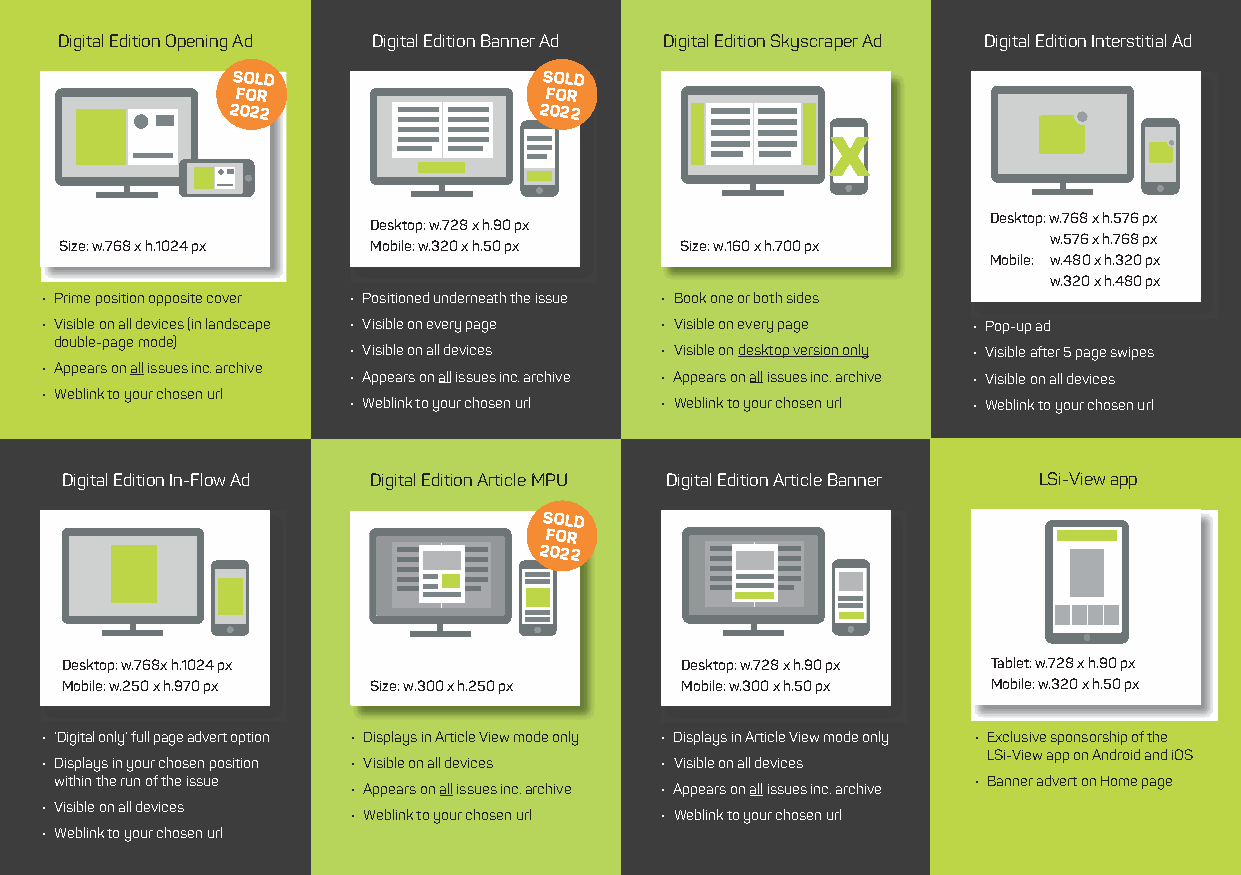
Digital Edition Opening Ad Digital Edition Banner Ad Digital Edition Skyscraper Ad Digital Edition Interstitial Ad
 SOLD                 SOLD
 FOR                 FOR
 2022                 2022
 Desktop: w.768 x h.576 px
 Desktop: w.728 x h.90 px
 w.576 x h.768 px
 Size: w.768 x h.1024 px Mobile: w.320 x h.50 px Size: w.160 x h.700 px
 Mobile: w.480 x h.320 px
 w.320 x h.480 px
 • Prime position opposite cover • Positioned underneath the issue • Book one or both sides
 • Visible on all devices (in landscape • Visible on every page • Visible on every page • Pop-up ad
 double-page mode)
 • Visible on all devices • Visible on desktop version only • Visible after 5 page swipes
 • Appears on all issues inc. archive
 • Appears on all issues inc. archive • Appears on all issues inc. archive • Visible on all devices
 • Weblink to your chosen url
 • Weblink to your chosen url • Weblink to your chosen url • Weblink to your chosen url
 Digital Edition In-Flow Ad Digital Edition Article MPU Digital Edition Article Banner LSi-View app
 SOLD
 FOR
 2022
 Desktop: w.768x h.1024 px                Desktop: w.728 x h.90 px Tablet: w.728 x h.90 px
 Mobile: w.250 x h.970 px Size: w.300 x h.250 px Mobile: w.300 x h.50 px Mobile: w.320 x h.50 px
 • ‘Digital only’ full page advert option • Displays in Article View mode only • Displays in Article View mode only • Exclusive sponsorship of the
 LSi-View app on Android and iOS
 • Displays in your chosen position • Visible on all devices • Visible on all devices
 within the run of the issue                                 • Banner advert on Home page
 • Appears on all issues inc. archive • Appears on all issues inc. archive
 • Vti s+ib4l4e (o0n)1 a3ll2 d3e v5i2c4es120
 • Weblink to your chosen url • Weblink to your chosen url
 • Wee: abdlinvke rttois yeo@ulrs ciohnolisneen.c uorml